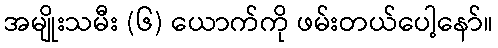
အမျိုးသမီး (၆) ယောက်ကို ဖမ်းတယ်ပေါ့နော်။